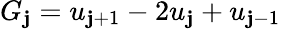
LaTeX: G_{\mathbf{j}}=u_{\mathbf{j}+1}-2u_{\mathbf{j}}+u_{\mathbf{j}-1}